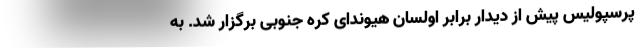
پرسپولیس پیش از دیدار برابر اولسان هیوندای کره جنوبی برگزار شد. به